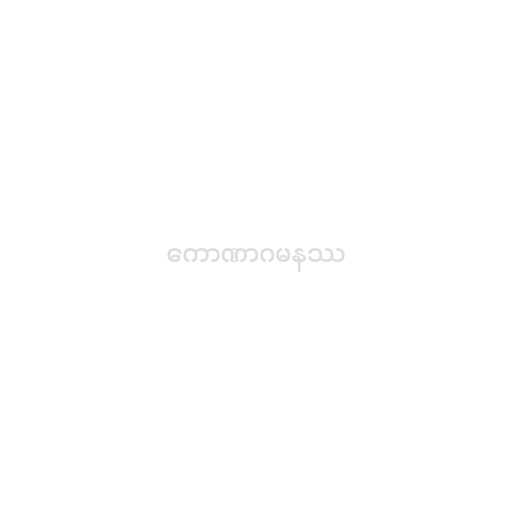
ကောဏာဂမနဿ